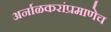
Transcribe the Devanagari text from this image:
अर्नाळकरांप्रमाणेच